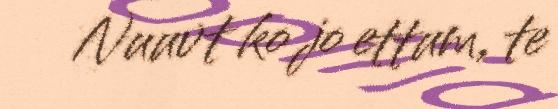
Nuuvt ko jo ettum, te